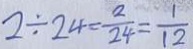
2 \div 2 4 = \frac { 2 } { 2 4 } = \frac { 1 } { 1 2 }